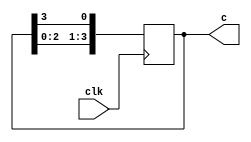
module ShiftReg(clk,c);
	input clk;
	output reg [3:0]c;
	//Declare input and output.
	
	initial
		c = 4'b0001;
	//Initialize the register with
	//one 1.
	
	always@(posedge clk) begin
			c[3] <= c[2];
			c[2] <= c[1];
			c[1] <= c[0];
			c[0] <= c[3];
	//Continually shift the one
	//in a circle.
	end
	
	
endmodule